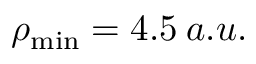
\rho _ { \mathrm { m i n } } = 4 . 5 \: a . u .